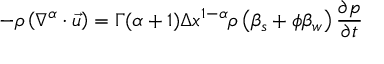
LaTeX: - \rho \left( \nabla ^ { \alpha } \cdot { \vec { u } } \right) = \Gamma ( \alpha + 1 ) \Delta x ^ { 1 - \alpha } \rho \left( \beta _ { s } + \phi \beta _ { w } \right) { \frac { \partial p } { \partial t } }